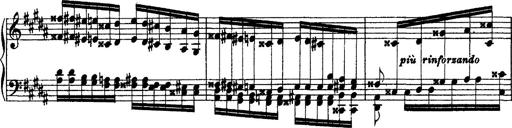
Title: Grandes Ã©tudes de Paganini
Composer: Franz Liszt